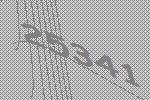
25341